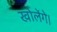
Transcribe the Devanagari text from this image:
खोलेंगे।